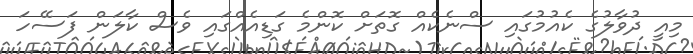
މިއީ ދުވާލުގެ ކެއުމުގައި ސްނެކެއް ގޮތަށް ކޮންމެ ގަޑިއެއްގައި ވެސް ކާލަން ފަސޭހަ